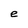
Character: e